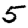
Digit: 5